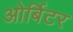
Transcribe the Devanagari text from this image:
ओर्बिटर